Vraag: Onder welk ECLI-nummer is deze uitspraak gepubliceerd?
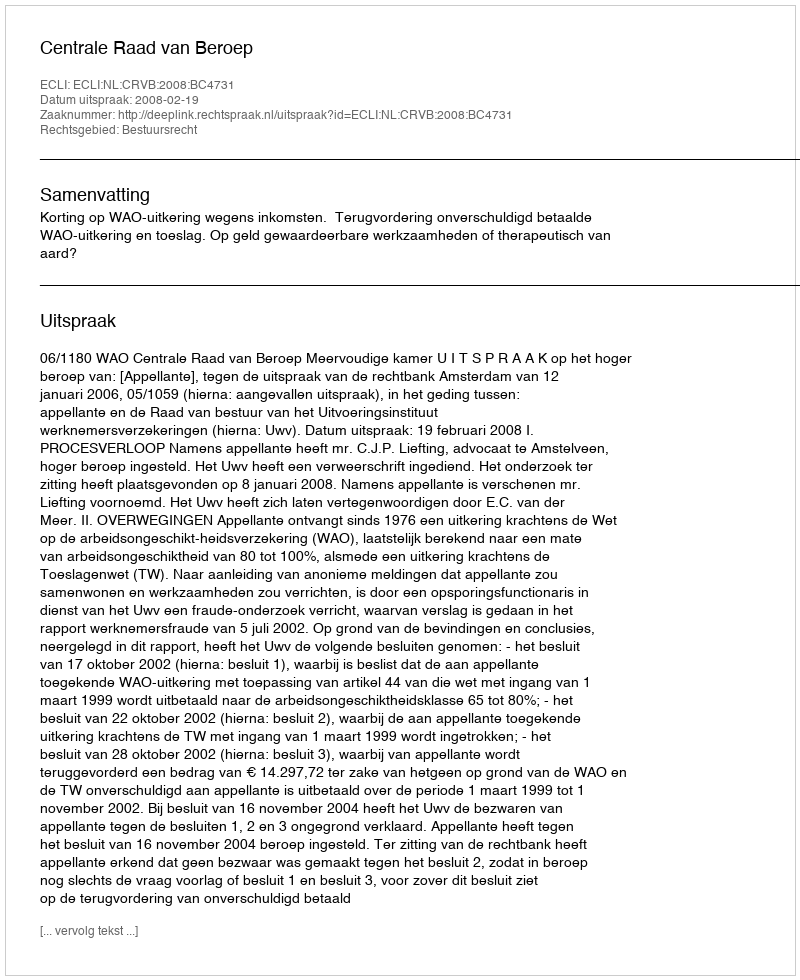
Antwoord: ECLI:NL:CRVB:2008:BC4731